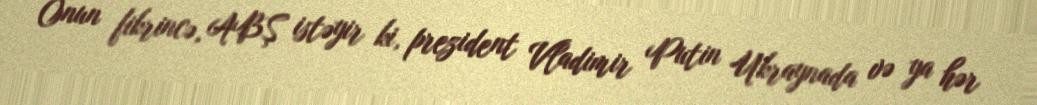
Onun fikrincə, ABŞ istəyir ki, prezident Vladimir Putin Ukraynada və ya hər